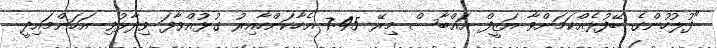
"ފުލުހުންގެ ބޭފުޅެއްކަމަށްވާ އަޒީފް އައްބާސް މިރޭ 7:45 އެހާކަންހާއިރު ގުޅުއްވާފަ ވިދާޅުވި އަހަންމައިދީ